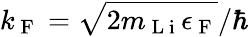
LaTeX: {k_{\mathrm{~F~}}=\sqrt{2m_{\mathrm{~L~i~}}\epsilon_{\mathrm{~F~}}}/\hbar}